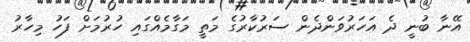
އޭނާ ބުނީ ދެ އަހަރުވަންދެން ސަރުކާރުގެ މަތީ މަގާމެއްގައި ހުރުމަށް ފަހު މިހާރު